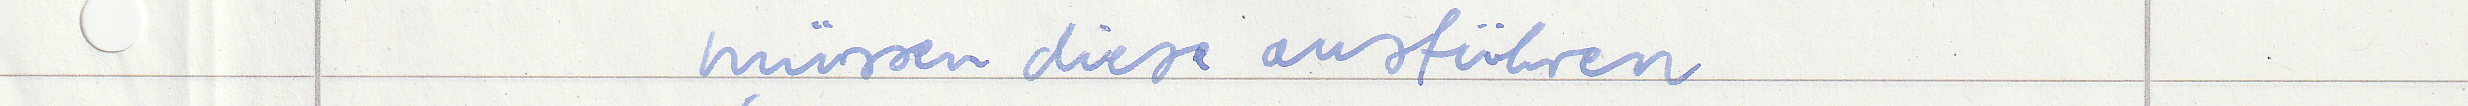
müssen diese ausführen